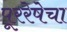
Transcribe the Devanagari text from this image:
पूररेषेचा